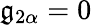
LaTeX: {\mathfrak{g}}_{2\alpha}=0